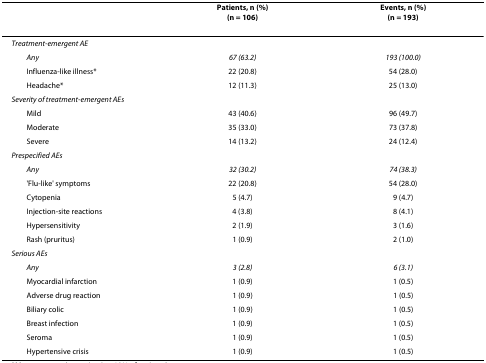
<table><thead><tr><td></td><td><b>Patients, n (%)(n = 106)</b></td><td><b>Events, n (%)(n = 193)</b></td></tr></thead><tbody><tr><td><i>Treatment-emergent AE</i></td><td></td><td></td></tr><tr><td> <i>Any</i></td><td><i>67 (63.2)</i></td><td><i>193 (100.0)</i></td></tr><tr><td> Influenza-like illness*</td><td>22 (20.8)</td><td>54 (28.0)</td></tr><tr><td> Headache*</td><td>12 (11.3)</td><td>25 (13.0)</td></tr><tr><td><i>Severity of treatment-emergent AEs</i></td><td></td><td></td></tr><tr><td> Mild</td><td>43 (40.6)</td><td>96 (49.7)</td></tr><tr><td> Moderate</td><td>35 (33.0)</td><td>73 (37.8)</td></tr><tr><td> Severe</td><td>14 (13.2)</td><td>24 (12.4)</td></tr><tr><td><i>Prespecified AEs</i></td><td></td><td></td></tr><tr><td> <i>Any</i></td><td><i>32 (30.2)</i></td><td><i>74 (38.3)</i></td></tr><tr><td> &#x27;Flu-like&#x27; symptoms</td><td>22 (20.8)</td><td>54 (28.0)</td></tr><tr><td> Cytopenia</td><td>5 (4.7)</td><td>9 (4.7)</td></tr><tr><td> Injection-site reactions</td><td>4 (3.8)</td><td>8 (4.1)</td></tr><tr><td> Hypersensitivity</td><td>2 (1.9)</td><td>3 (1.6)</td></tr><tr><td> Rash (pruritus)</td><td>1 (0.9)</td><td>2 (1.0)</td></tr><tr><td><i>Serious AEs</i></td><td></td><td></td></tr><tr><td> <i>Any</i></td><td><i>3 (2.8)</i></td><td><i>6 (3.1)</i></td></tr><tr><td> Myocardial infarction</td><td>1 (0.9)</td><td>1 (0.5)</td></tr><tr><td> Adverse drug reaction</td><td>1 (0.9)</td><td>1 (0.5)</td></tr><tr><td> Biliary colic</td><td>1 (0.9)</td><td>1 (0.5)</td></tr><tr><td> Breast infection</td><td>1 (0.9)</td><td>1 (0.5)</td></tr><tr><td> Seroma</td><td>1 (0.9)</td><td>1 (0.5)</td></tr><tr><td> Hypertensive crisis</td><td>1 (0.9)</td><td>1 (0.5)</td></tr></tbody></table>